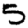
Digit: 5